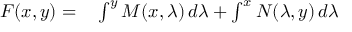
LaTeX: \begin{array} { r l } { F ( x , y ) = } & { { } \int ^ { y } M ( x , \lambda ) \, d \lambda + \int ^ { x } N ( \lambda , y ) \, d \lambda } \end{array}